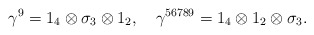
\begin{align*}\gamma ^9=1_4\otimes \sigma _3\otimes 1_2,\quad \gamma ^{56789}=1_4\otimes1_2\otimes \sigma _3. \end{align*}